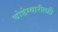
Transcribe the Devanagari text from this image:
घोडेस्वारीतही